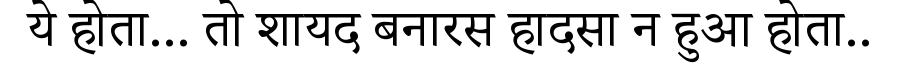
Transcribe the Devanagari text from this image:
ये होता... तो शायद बनारस हादसा न हुआ होता..